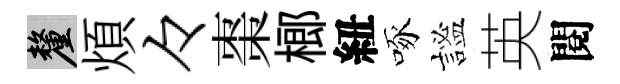
厘煩々棗榔紐啄謐英閱